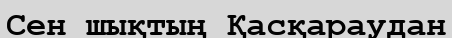
Сен шықтың Қасқараудан